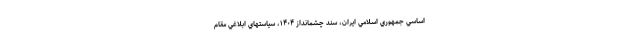
اساسي جمهوري اسلامي ايران، سند چشمانداز ۱۴۰۴، سياستهاي ابلاغي مقام